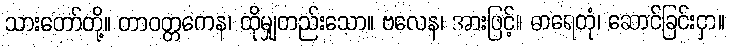
သားတော်တို့။ တာဝတ္တကေန၊ ထိုမျှတည်းသော။ ဗလေန၊ အားဖြင့်။ ဓာရေတုံ၊ ဆောင်ခြင်းငှာ။